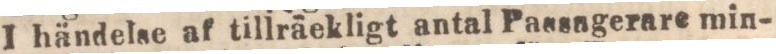
I händelse af tillräekligt antal Passagerare min-